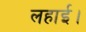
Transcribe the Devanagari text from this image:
लहाई।